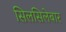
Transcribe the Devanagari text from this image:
सिलसिलेबार